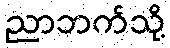
ညာဘက်သို့